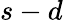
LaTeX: s-d